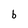
Character: b